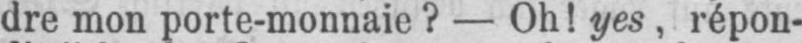
dre mon porte-monnaie? - Oh! yes, répon-